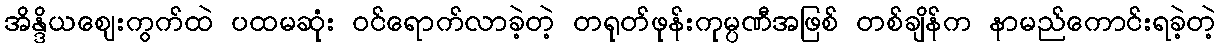
အိန္ဒိယဈေးကွက်ထဲ ပထမဆုံး ဝင်ရောက်လာခဲ့တဲ့ တရုတ်ဖုန်းကုမ္ပဏီအဖြစ် တစ်ချိန်က နာမည်ကောင်းရခဲ့တဲ့